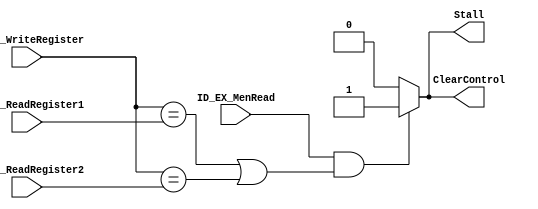
module HazardUnit(
           input ID_EX_MenRead,
           input [4: 0] ID_EX_WriteRegister, IF_ID_ReadRegister1, IF_ID_ReadRegister2,
           output Stall, ClearControl
       );

wire isStall = (ID_EX_MenRead &&
                ((ID_EX_WriteRegister == IF_ID_ReadRegister1) ||
                 (ID_EX_WriteRegister == IF_ID_ReadRegister2)
                )) ? 1 : 0;
assign Stall = isStall;
assign ClearControl = isStall;


endmodule